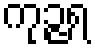
ကုဉ္ဇရ